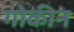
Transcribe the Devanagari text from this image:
गोकीन